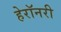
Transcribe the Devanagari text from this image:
हेरॉनरी